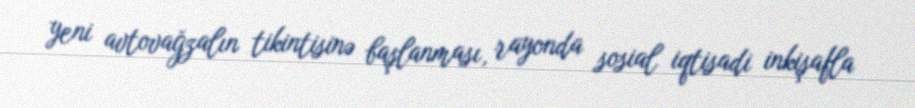
yeni avtovağzalın tikintisinə başlanması, rayonda sosial iqtisadi inkişafla